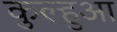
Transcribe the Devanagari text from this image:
कुल्हुआ